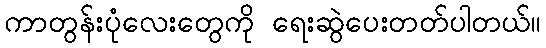
ကာတွန်းပုံလေးတွေကို ရေးဆွဲပေးတတ်ပါတယ်။